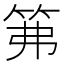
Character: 笰